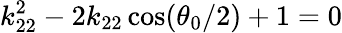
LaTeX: k_{22}^{2}-2k_{22}\cos(\theta_{0}/2)+1=0